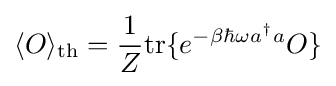
\langle O\rangle _{\text{th}}={\frac {1}{Z}}{\text{tr}}\{e^{-\beta \hbar \omega a^{\dagger }a}O\}